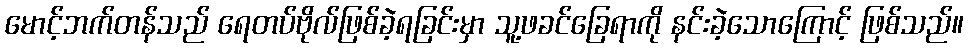
မောင့်ဘက်တန်သည် ရေတပ်ဗိုလ်ဖြစ်ခဲ့ရခြင်းမှာ သူ့ဖခင်ခြေရာကို နင်းခဲ့သောကြောင့် ဖြစ်သည်။